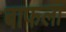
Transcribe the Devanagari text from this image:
बाफला